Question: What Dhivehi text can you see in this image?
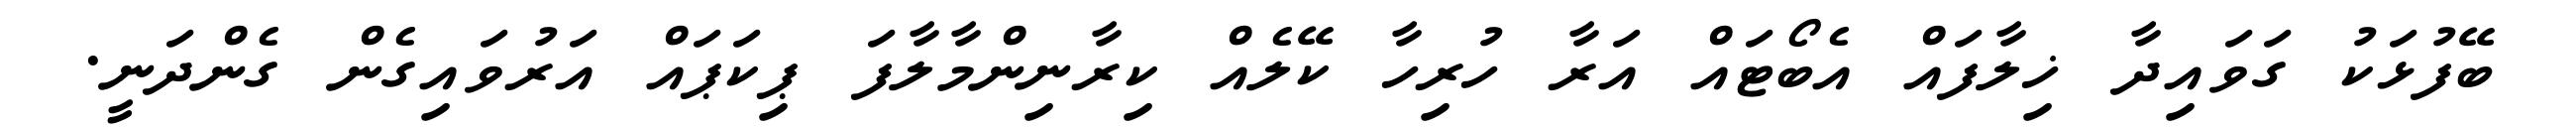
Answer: ބޭފުޅަކު ގަވައިދާ ޚިލާފައް އެބޯޓައް އަރާ ހުރިހާ ކޭލެއް ކިރާނިންމާލާފަ ޕިކަޕައް އަރުވައިގެން ގެންދަނީ.